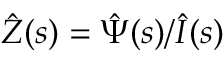
\hat { Z } ( s ) = \hat { \Psi } ( s ) / \hat { I } ( s )